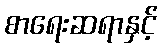
စာရေးဆရာနှင့်